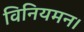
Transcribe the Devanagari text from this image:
विनियमन।